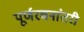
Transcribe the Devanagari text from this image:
पूर्णरचनांतरी